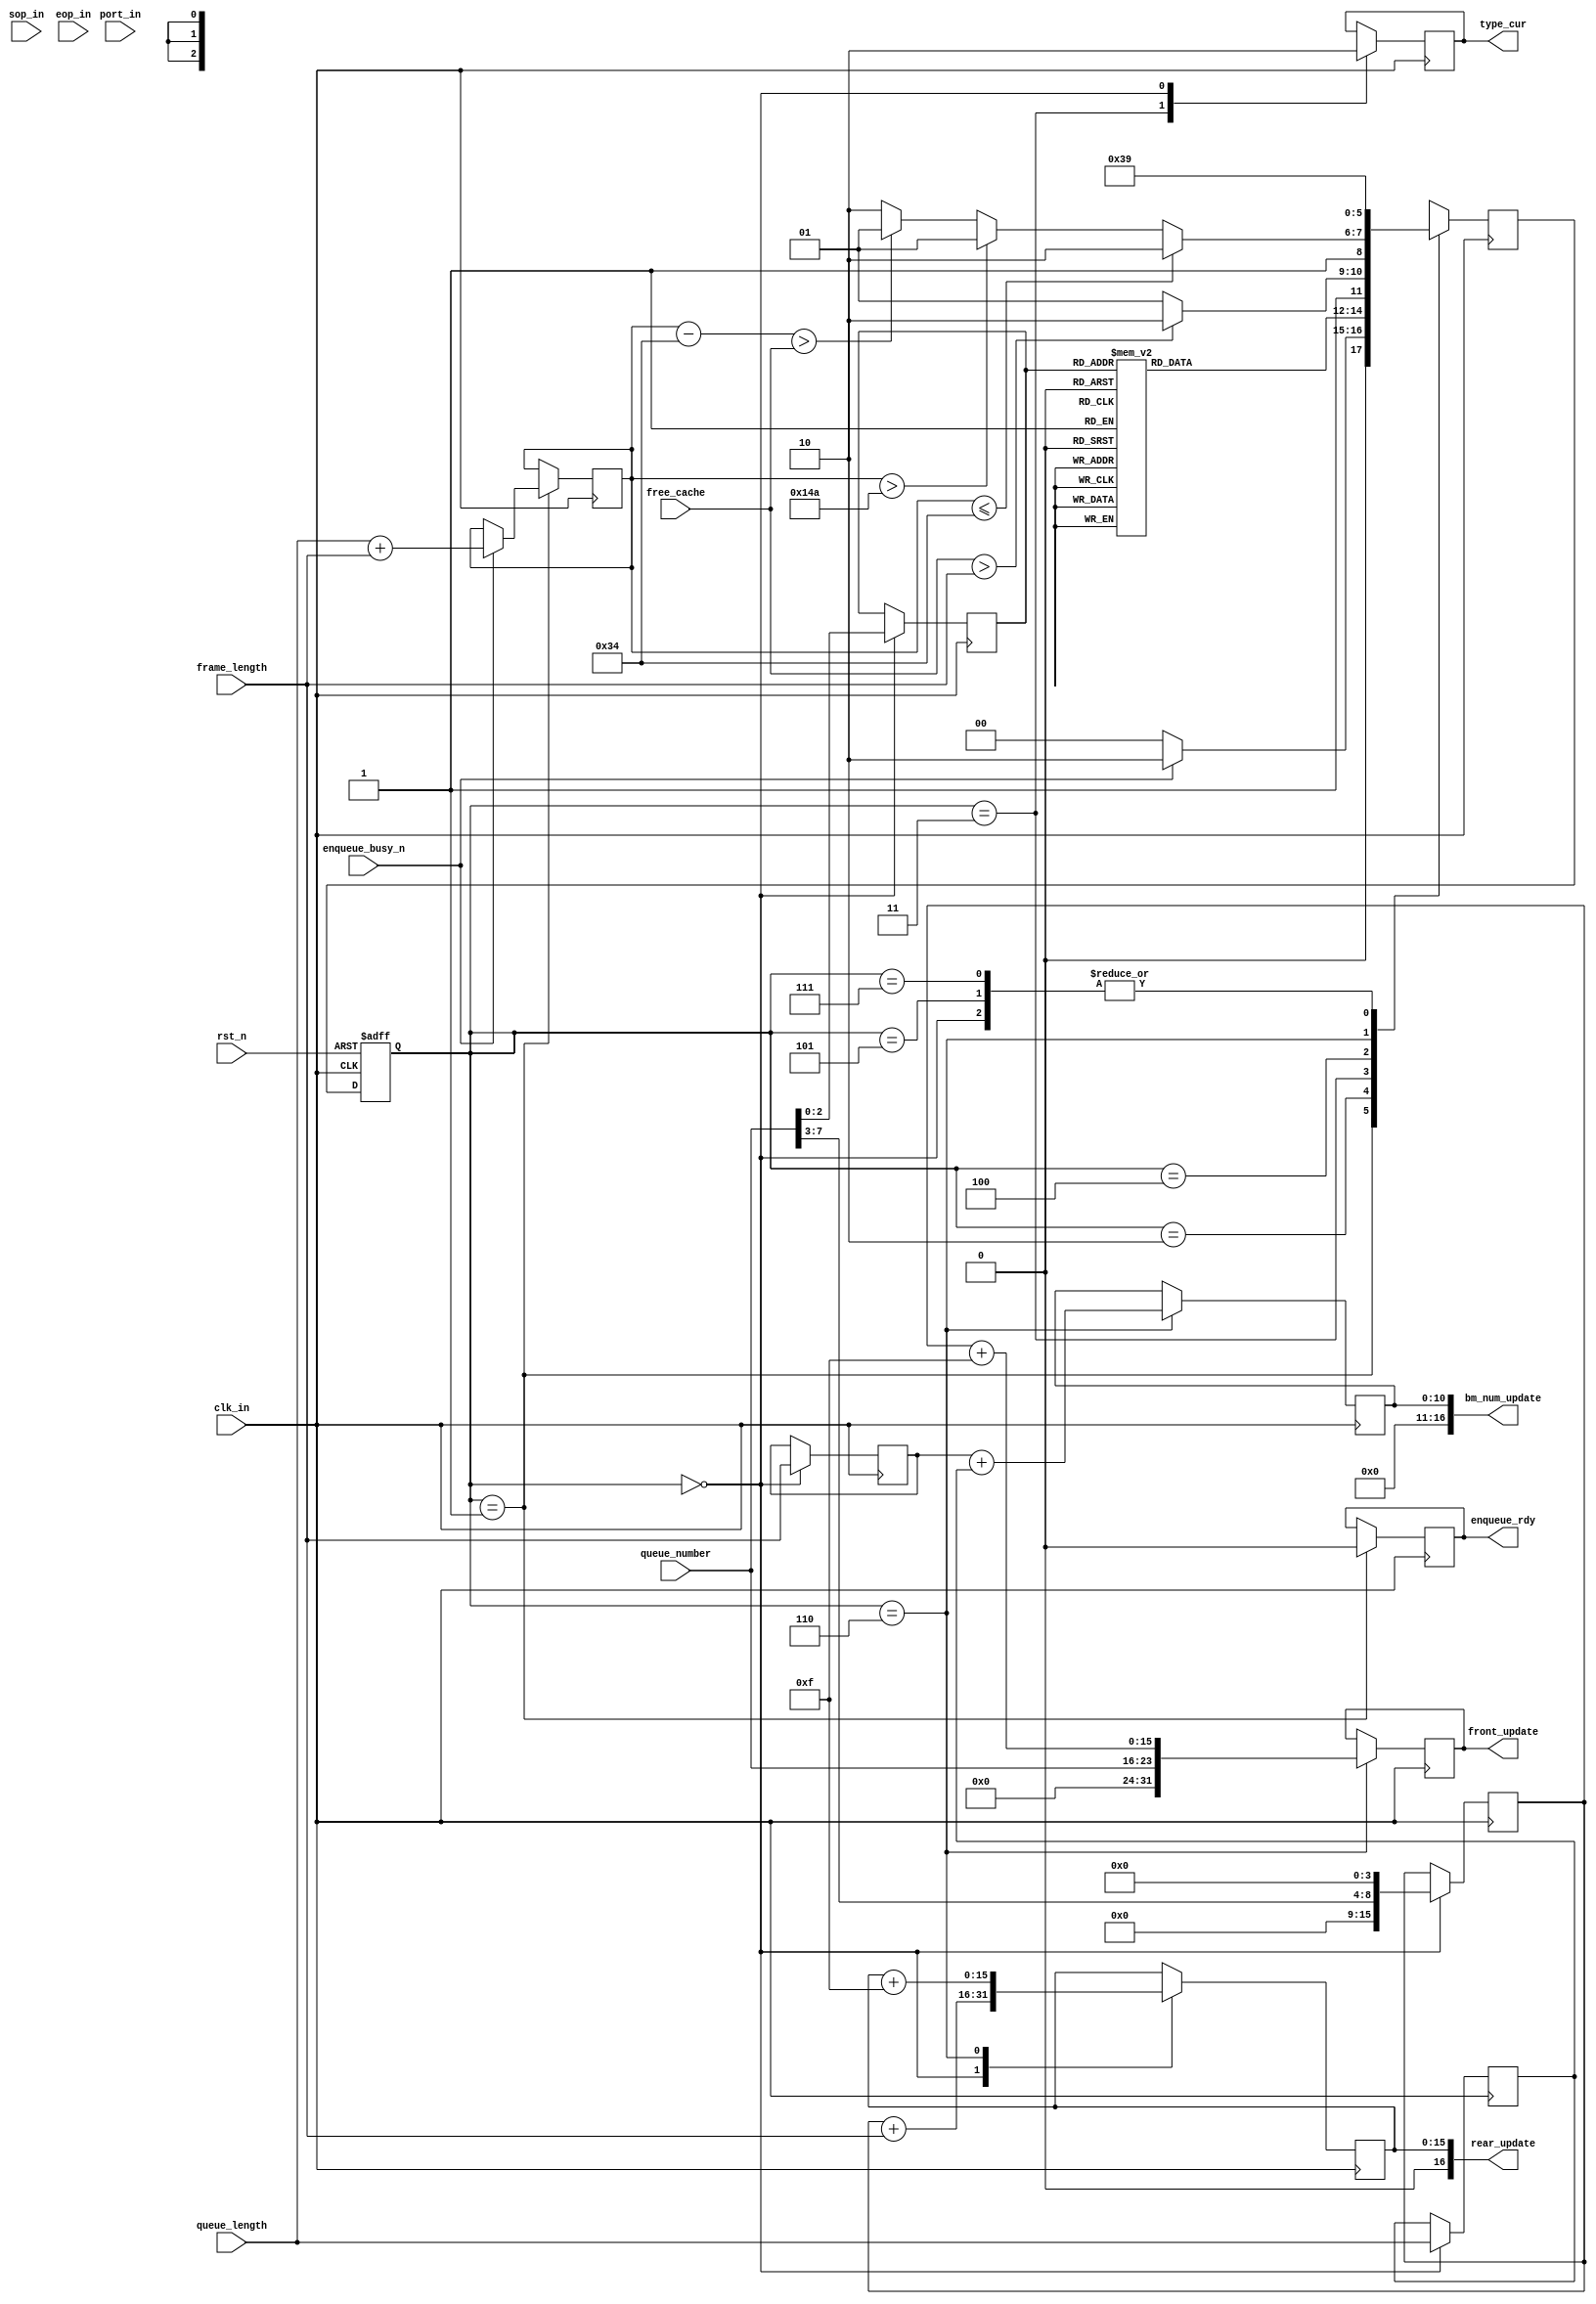
module Enqueue_logic

#(     parameter threshold_max_1 = 12'b 000101001010 ,   //512  //threshold max public   memory for  cyclic queue 
       parameter threshold_max_2 = 12'b 000101001010 ,  //512  //threshold max public   memory for  general queue
	     parameter threshold_min_1 = 12'b 000000110100 ,  //64  //threshold min private  memory for  cyclic queue  
       parameter threshold_min_2 = 12'b 000000110100 ,  //64   //threshold min private  memory for  general queue 
       parameter WIDTH=40                  // width of the input and output signals
 )
  (
       
      input                     clk_in,
      input                     rst_n, 
      input                     enqueue_busy_n,//if the module start tp receive the queue;

   //Input frame parameter 
      input			sop_in,   //start  bm label
      input			eop_in,   //end    bm label       
      input     [7:0]           queue_number,
      input     [1:0]           port_in,
      input     [10:0]          frame_length,

// Judge parameter
 
      input       [10:0]        queue_length,      
      input       [10:0]        free_cache,       //free bm number from queue information control module . 

      output      [31:0]        front_update,
      output      [16:0]        rear_update ,
      output      [16:0]        bm_num_update,
      output                    enqueue_rdy,
      output                    type_cur

  );



// machine state decode
  localparam  INIT = 3'b000 ;
  localparam  IDLE = 3'b001 ;
  localparam  READ_QUEUE_INFO = 3'b010 ;
  localparam  CYCLIC_QUEUE_JUDGE = 3'b011 ;
  localparam  GENERAL_QUEUE_JUDGE = 3'b100 ;
  localparam  JUDGE_FAIL = 3'b101 ;
  localparam  WR_ENQUEUE_RESULT = 3'b110 ; // update 
  localparam  ENQUEUE_FINISH =3'b111;



// state transfer
  reg[2:0]    st_next;
  reg[2:0]    st_cur;


   always @(posedge clk_in or negedge rst_n) begin
        if (!rst_n) begin
            st_cur     <= INIT;
        end
        else begin
            st_cur      <= st_next ;
        end
    end

// 

// state switch, using block assignment for combination-logic  
    reg   [2:0]         frame_type_r;
    reg   [10:0]        frame_length_r;
    reg   [10:0]        queue_length_r;
    reg   [11:0]        total_length ;

  always @(posedge clk_in) begin  
    case(st_cur) 
      INIT:begin
           frame_type_r<=queue_number[2:0];
           queue_length_r<=queue_length;
           st_next = IDLE ;
      end
             
      IDLE:begin
         
          if(!enqueue_busy_n) begin
             st_next  = INIT; 
          end else begin
            st_next=READ_QUEUE_INFO;
            total_length<=queue_length+frame_length;
          end
      end


    //read the queue's information 
      READ_QUEUE_INFO:begin

            case(frame_type_r)

                  3'b000: begin   st_next =GENERAL_QUEUE_JUDGE; end
 
                  3'b001: begin   st_next =GENERAL_QUEUE_JUDGE; end

                  3'b010: begin  st_next=GENERAL_QUEUE_JUDGE; end
 
                  3'b011: begin  st_next=GENERAL_QUEUE_JUDGE; end

                  3'b100: begin  st_next=GENERAL_QUEUE_JUDGE; end

                  3'b101: begin  st_next =GENERAL_QUEUE_JUDGE; end

                  3'b110: begin  st_next =CYCLIC_QUEUE_JUDGE; end

                  3'b111: begin  st_next =CYCLIC_QUEUE_JUDGE; end


                   default:begin  st_next<= IDLE; end

             endcase 
      end     
 
      CYCLIC_QUEUE_JUDGE:begin

          if(free_cache>frame_length) begin
            st_next=WR_ENQUEUE_RESULT;
          end else begin
            st_next=JUDGE_FAIL;
          end
      end
  
      GENERAL_QUEUE_JUDGE:begin
            if(total_length<=threshold_min_2) begin
                      st_next=WR_ENQUEUE_RESULT;
              end else if(total_length>threshold_max_2) begin
                st_next=JUDGE_FAIL;
              end else if((total_length-threshold_min_2)>free_cache) begin
                st_next=JUDGE_FAIL;
              end else begin
                st_next=WR_ENQUEUE_RESULT;
              end
      end

      JUDGE_FAIL:begin
              st_next<=IDLE;
      end

      WR_ENQUEUE_RESULT:begin
              st_next<=ENQUEUE_FINISH;
      end

      ENQUEUE_FINISH:begin
              st_next<=IDLE;
      end


      default: begin  
              st_next = IDLE ;
      end

endcase
end

  //(3) output logic, using non-block assignment
   
reg               Enqueue_ready_r;
reg               Enqueue_success_r;
reg               Enqueue_fail_r;
reg               Enqueue_JUDGE_r;
reg               type_cur_r;
reg     [31:0]    front_r;
reg     [15:0]    front_address_r;
reg     [15:0]    rear_r;
reg     [10:0]    occupied_bm_r;
reg     [10:0]    frame_length_rr;
reg     [10:0]    queue_length_rr;

always @(posedge clk_in ) begin
  case(st_cur)

    3'b001:begin
            Enqueue_ready_r<=1'b0;
    end
        
    3'b010:begin
            Enqueue_JUDGE_r<=1'b1;
    end

    3'b011: begin
            Enqueue_JUDGE_r<=1'b0;
            type_cur_r<=1'b1;
    end

    1'b100 : begin
           Enqueue_JUDGE_r<=1'b0;
           type_cur_r<=1'b0;
           front_address_r<=queue_number[7:3]<<4;
           rear_r<=front_address_r+frame_length;
           frame_length_rr<=frame_length;
           queue_length_rr<=queue_length;
    end

    3'b101 :    begin
           Enqueue_fail_r<=1'b1;
    end

        
    3'b110 : begin
            front_r<= {8'b00000000, queue_number,front_address_r+4'b1111};
            rear_r<=rear_r+4'b1111;
            occupied_bm_r<=frame_length_rr+queue_length_rr;
    end
          


    3'b111 : begin
             
    end

 
endcase

end

assign   front_update=front_r ;
assign   rear_update=rear_r ;
assign   bm_num_update=occupied_bm_r ;
assign   enqueue_rdy= Enqueue_ready_r ;
assign   type_cur=type_cur_r;


  endmodule